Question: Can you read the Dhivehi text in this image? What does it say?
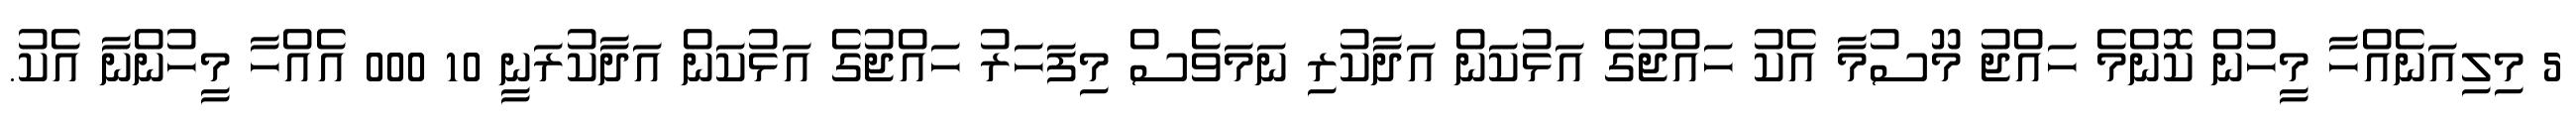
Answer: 5 މިލިއަނެއްހާ މީހުން ކޮންމެ ހައްޖު މޫސުމާ އެކު ހައްޖުގެ އަޅުކަން އަދާކުރި ނަމަވެސް މިފަހަރު ހައްޖުގެ އަޅުކަން އަދާކުރަނީ 10 000 އެއްހާ މީހުންނާ އެކު.